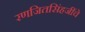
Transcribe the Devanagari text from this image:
रणजितसिंहजींचे